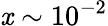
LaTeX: \mathit{x}\sim10^{-2}